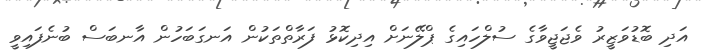
އަދި ބޮޑުވަޒީރު ވެޖަޖީވާގެ ސުލްހައިގެ ޕްލޭނަށް އިދިކޮޅު ފަރާތްތަކުން އަނގަބަހުން އާނބަސް ބުނެފައިވީ